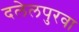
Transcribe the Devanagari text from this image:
दलेलपुरवा